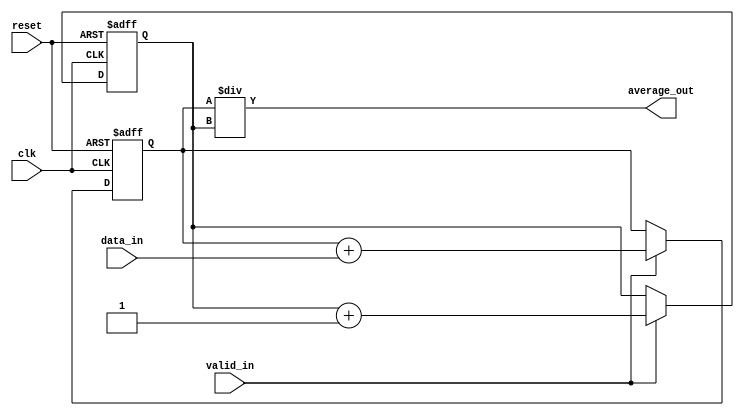
module moving_average_accumulator (
    input wire clk,
    input wire reset,
    input wire [DATA_WIDTH-1:0] data_in,
    input wire valid_in,
    output wire [DATA_WIDTH-1:0] average_out
);

parameter DATA_WIDTH = 8;
parameter NUM_OF_SAMPLES = 4;

reg [DATA_WIDTH-1:0] sum;
reg [DATA_WIDTH-1:0] count;

always @(posedge clk or posedge reset) begin
    if (reset) begin
        sum <= 0;
        count <= 0;
    end else if (valid_in) begin
        count <= count + 1;
        sum <= sum + data_in;
    end
end

assign average_out = sum / count;

endmodule